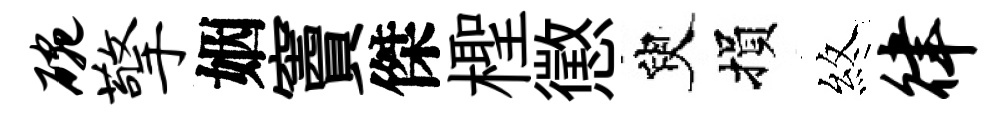
碗擎姻竇傑檉懲臾損煞律